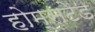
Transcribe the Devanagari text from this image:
होम्सटेड